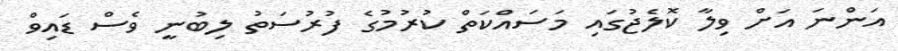
އަންނަ އަށް ވިލާ ކޮލެޖުގައި މަސައްކަތް ކުރުމުގެ ފުރުސަތު ލިބުނީ ވެސް ޑައިވް